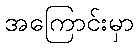
အကြောင်းမှာ